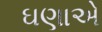
ઘણાએ